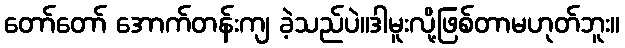
တော်တော် အောက်တန်းကျ ခဲ့သည်ပဲ။ဒါမူးလို့ဖြစ်တာမဟုတ်ဘူး။